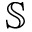
\mathbb { S }